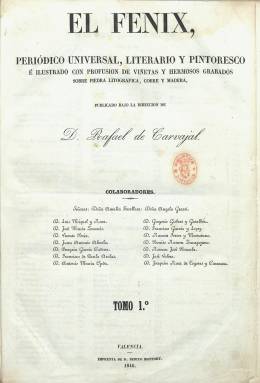
Título: El Fénix (Valencia)
Colección: Semanarios de amenidades
Ámbito geográfico: Valencia
Lugar de publicación: Valencia
Fechas: 05/10/1845-27/08/1848

Semanario aglutinador en sus páginas de la élite valenciana que llevó a cabo una labor erudita en favor de la historia, las costumbres, la literatura y las artes, sobre todo con el valioso concurso de Vicente Boix Ricarte (1813-1880), siendo uno de los periódicos que mayor influencia han ejercido en el movimiento literario valenciano, impregnado del romanticismo imperante de la época, tal como señalara Luis Tramoyeres Blasco (1880). Comenzó a publicarse el ocho de junio de 1844, con el subtítulo “semanario valenciano de literatura, artes, historia, teatros, etc.”, en entregas dominicales de ocho o seis páginas, compuestas a dos columnas, que salían de la imprenta de Benito Monfort, que debió ser además su primer editor y propietario. Publicando su número 17, el 28 de septiembre.

A partir del seis de octubre de ese mismo año 1844, reinicia una nueva etapa y numeración, reduciendo el formato y duplicando el número de páginas (que después serán a ocho), lo que le posibilitó insertar más cantidad de sus bellos grabados y viñetas (de retratos, caricaturas, edificios, escenas de costumbres o de representaciones teatrales), producidas por dibujantes y artistas de la ciudad, como Teodoro Blasco, Antonio Traver o Badía. Distribuirá también litografías sueltas de gran formato.

La colección de este título de la Biblioteca Nacional de España comienza con la entrega del cinco de octubre de 1845, con la que inicia la numeración de su “primer tomo” de una nueva etapa (la tercera), apareciendo como subtítulo “periódico universal, literario y pintoresco”.

Rafael de Carvajal será su director literario hasta el uno de agosto de 1847, y a partir del día ocho (coincidiendo con el inicio del cuarto tomo y tercera serie) lo será Luis Miquel i Roca. A partir del número 111, de 14 de noviembre de ese mismo año, comienza a salir de la imprenta de José Rius.

Entre las firmas de sus textos y en su cuadro de colaboradores, tanto en prosa como en verso, además de los citados, aparecen Amalia Fenollosa, Ángela Grassi, José María Zacarés, Juan Antonio Almela, Luis Lamarca, Peregrín García Cadena (El Moro Gazul), Gregorio Gisbert y Gosalbez, Antonio María Ojeda, Francisco García y López, José Valero, Juan Arolas, Francisco de Paula Arolas (El Curioso Observador), Ramón Ferrer y Matutano, Benito Ramón Zaragozano, Román José Brusola, Joaquín Pardo de la Casta, Francisco Puig y Pascual, Santiago Luis Dupuy, José Bernat i Baldoví, Joaquín Roca de Togores y Carrasco o Francisco de Paula Gras (partido demócrata) y Cristóbal Pascual y Genís (del progresista), entre otros.

Tras publicar su número 152, correspondiente al 27 de agosto de 1848, y con el que cerraba su cuarto “y último tomo”, queda suspendida su publicación; y sus principales redactores –Carvajal, Miquel y Zacarés- sacarán entonces la Revista Editana (1848-1849). A partir del trece mayo de 1849 reapareció El Fénix, indicando “cuarta época” y reiniciando numeración sus entregas, siendo de nuevo su director Rafael de Carvajal; su impresor y editor José Rius, y publicando su número 28 y último el 18 de noviembre de ese año.

Cada uno de los tomos de los que consta la colección contiene un índice de materias. Los epígrafes de estas ofrecen un conocimiento de sus contenidos: Recuerdos de Valencia, Valencia artística y monumental, Estudios históricos, Estudios biográficos, Poesías, Bellas Artes, Costumbres, Hechos españoles, Novelas, Literatura, Viajes, Variedades, Revista teatral, Galería de retratos, además de grabados y litografías. Insertará textos en valenciano.

Francisco Almela y Vives publicó en 1957 un estudio e índice sobre este título. Otras referencias bibliográficas son las de Laguna Platero (2001) y Peláez Malagón (2002).